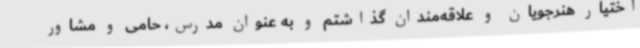
اختیار هنرجویان و علاقه‌مندان گذاشتم و به عنوان مدرس، حامی و مشاور